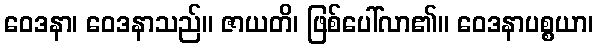
ဝေဒနာ၊ ဝေဒနာသည်။ ဇာယတိ၊ ဖြစ်ပေါ်လာ၏။ ဝေဒနာပစ္စယာ၊